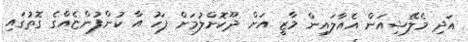
އަދި މެލޭޝިއަން އެއާލައިން މާޒީ އަށް ދޫކޮށްލުމަށް ފަހު އާ ކުންފުންޏެއްގެ ގޮތުގައި